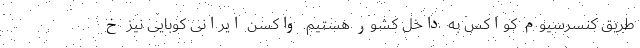
طریق کنسرسیوم کواکس به داخل کشور هستیم. واکسن ایرانی کوبایی نیز خ